Lunatic asylums in Bengal annual reports 1899-1911 - 1899-1911
Year: 1899
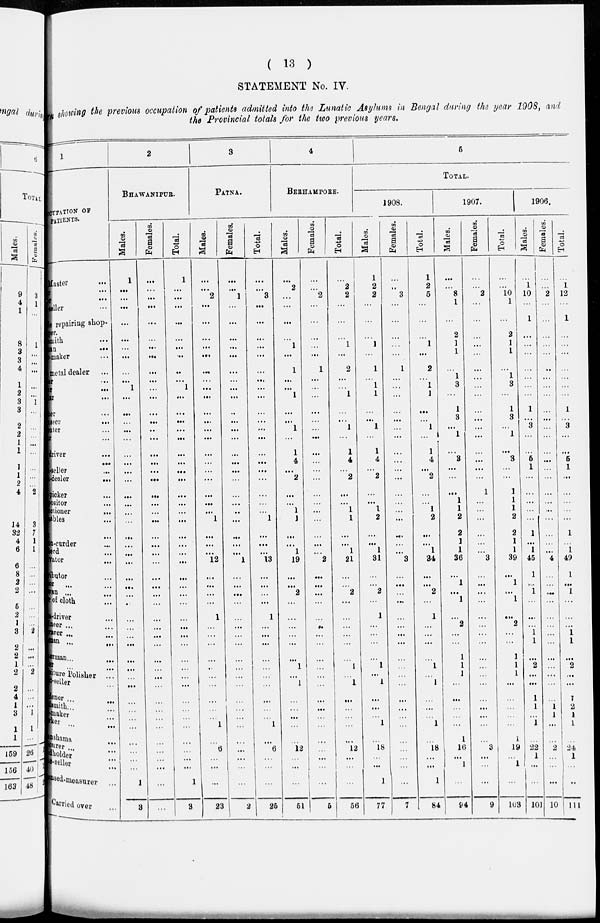
( 13 )
STATEMENT No. IV.
showing the previous occupation of patients admitted into the Lunatic Asylums in Bengal during the year 1908, and
the Provincial totals for the two previous years.
1
OCCPATION OF
PATIENTS.
Master
...
ar ...
er ...
seller ...
Cycle repairing shop-
keeper.
Blacksmith ...
Boatman
...
Boat-maker ...
metal dealer ...
er ...
er
...
lar
...
her ...
asser
...
enter ...
er ...
driver ...
ed ...
-seller ...
-dealer
...
picker ...
positor ...
ctioner ...
ables ...
-curder ...
neer ...
Cultivator
Distributor ...
or ...
Darwan ... ...
of cloth ...
-driver ...
ineer ... ...
rarer ...
...
man ... ...
erman ... ...
er ... ...
Furniture Polisher ...
t-seller ...
dener ... ...
Goldsmith ... ...
-maker ...
Hawker ... ...
nshama ...
Labourer ... ...
Land holder ... ... ne-seller...
nsed-measurer ...
Carried over ...
2
BHAWANIPUR.
Males.
1
...
...
...
...
...
...
...
...
...
1
...
...
...
...
...
...
...
...
...
...
...
...
...
...
...
...
...
...
...
...
...
...
...
...
...
...
...
...
...
...
...
...
...
...
...
...
...
1
3
Females.
...
...
...
...
...
...
...
...
...
...
...
...
...
...
...
...
...
...
...
...
...
...
...
...
...
...
...
...
...
...
...
...
...
...
...
...
...
...
...
...
...
...
...
...
...
...
...
...
...
...
Total.
1
...
...
...
...
...
...
...
...
...
1
...
...
...
...
...
...
...
...
...
...
...
...
...
...
...
...
...
...
...
...
...
...
...
...
...
...
...
...
...
...
...
...
...
...
...
...
...
1
3
3
PATNA.
Males.
...
...
2
...
...
...
...
...
...
...
...
...
...
...
...
...
...
...
...
...
...
...
...
1
...
...
...
12
...
...
...
...
1
...
...
...
...
...
...
...
...
...
... 1
...
6
...
...
...
23
Females.
...
...
1
...
...
...
...
...
...
...
...
...
...
...
...
...
...
...
...
...
...
...
...
...
...
...
...
1
...
...
...
...
...
...
...
...
...
...
...
...
...
...
...
...
...
...
...
...
...
2
Total.
...
...
3
...
...
...
...
...
...
...
...
...
...
...
...
...
...
...
...
...
...
...
...
1
...
...
...
13
...
...
...
...
1
...
...
...
...
...
...
...
...
...
...
1
...
6
...
...
...
25
4
BERHAMPORE.
Males.
...
2
...
...
...
...
1
...
1
...
...
1
...
...
1
...
1
4
...
2
...
...
1
1
...
...
1
19
...
...
2
...
...
...
...
...
...
1
...
1
...
...
...
...
...
12
...
...
...
51
Females.
...
...
2
...
...
...
...
...
1
...
...
...
...
...
...
...
...
...
...
...
...
...
...
...
...
...
...
2
...
...
...
...
...
...
...
...
...
...
...
...
...
...
...
...
...
...
...
...
...
5
Total.
...
2
2
...
...
...
1
...
2
...
...
1
...
...
1
...
1
4
...
2
...
...
1
1
...
...
1
21
...
...
2
...
...
...
...
...
...
1
... 1
...
...
...
...
...
12
...
...
...
56
5
TOTAL.
1908.
Males.
1
2
2
...
...
...
1
...
1
...
1
1
...
...
1
...
1
4
...
2
...
...
1
2
...
...
1
31
...
...
2
...
1
...
...
...
...
1
...
1
...
...
1 ...
...
18
...
...
1
77
Females.
...
...
3
...
...
...
...
...
1
...
...
...
...
...
...
...
...
...
...
...
...
...
...
...
...
...
...
3
...
...
...
...
...
...
...
...
...
...
...
...
...
...
...
...
...
...
...
...
...
7
Total.
1
2
5
...
...
...
1
...
2
...
1
1
...
...
1
...
1
4
...
2
...
...
1
2
...
...
1
34
...
...
2
...
1
...
...
...
...
1
...
1
...
...
1 ...
...
18
...
...
1
84
1907.
Males.
...
...
8
1
...
2
1
1
... 1
3
...
1
3
...
1
...
3
...
...
...
1
1
2
2
1
1
36
...
1
...
1
...
2
...
...
1
1
1
...
...
...
...
...
1
16
...
1
...
94
Females.
...
...
2
...
...
...
...
...
...
...
...
...
...
...
...
...
...
...
...
...
1
...
...
...
...
...
...
3
...
...
...
...
...
...
...
...
...
...
...
...
...
...
...
...
...
3
...
...
...
9
Total.
...
...
10
1
...
2
1
1
... 1
3
...
1
3
...
1
...
3
...
...
1
1
1
2
2
1
1
39
...
1
...
1
...
2
...
...
1
1
1
...
...
...
...
...
1
19
...
1
...
103
1906.
Males.
...
1
10
...
1
...
...
...
...
...
...
...
1
...
3
...
...
5
1
...
...
...
...
...
1
...
1
45
1
...
1
...
...
...
1 1
...
2
...
...
1
1
... 1
...
22
1
...
...
101
Females.
...
...
2
...
...
...
...
...
...
...
...
...
...
...
...
...
...
...
...
...
...
...
...
...
...
...
...
4
...
...
...
...
...
...
...
...
...
...
...
...
...
1
1
...
...
2
...
...
...
10
Total.
...
1
12
...
1
...
...
...
...
...
...
...
1
...
3
...
...
5
1
...
...
...
...
1
...
1
49
1
...
1
...
...
...
1 1
...
2
...
...
1
2
1
1
...
24
1
...
...
111